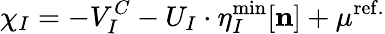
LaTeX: \chi_{I}=-V_{I}^{C}-U_{I}\cdot\eta_{I}^{\mathrm{{min}}}[\mathbf{n}]+\mu^{\mathrm{ref.}}